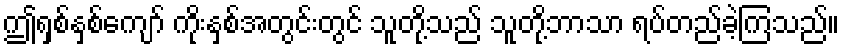
ဤရှစ်နှစ်ကျော် ကိုးနှစ်အတွင်းတွင် သူတို့သည် သူတို့ဘာသာ ရပ်တည်ခဲ့ကြသည်။